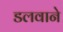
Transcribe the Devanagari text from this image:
डलवाने